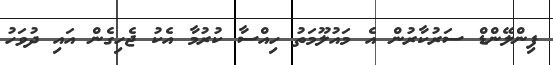
ފިންލޭންޑް ސަރުކާރުން އެ މައުލޫމަތު ހިއްސާ ކުރުމާ އެކު ޖެހިގެން އައި ދުވަހު